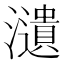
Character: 瀢